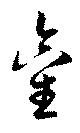
金